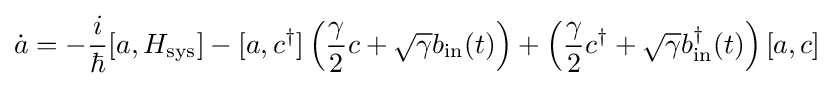
{\dot {a}}=-{\frac {i}{\hbar }}[a,H_{\mathrm {sys} }]-[a,c^{\dagger }]\left({\frac {\gamma }{2}}c+{\sqrt {\gamma }}b_{\mathrm {in} }(t)\right)+\left({\frac {\gamma }{2}}c^{\dagger }+{\sqrt {\gamma }}b_{\mathrm {in} }^{\dagger }(t)\right)[a,c]